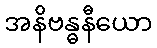
အနိဗန္ဓနီယော